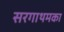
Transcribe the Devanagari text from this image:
सरगाथमका